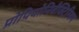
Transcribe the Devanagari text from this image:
प्रोपियोनिबैक्टिरियम